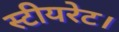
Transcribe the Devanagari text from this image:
स्टीयरेट।